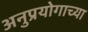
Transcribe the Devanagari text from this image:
अनुप्रयोगाच्या